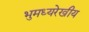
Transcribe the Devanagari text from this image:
भुमध्यरेखीय